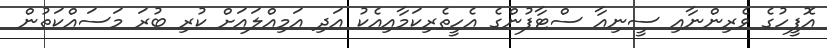
އޮފީހުގެ ވެރިންނާއި ސީނިއާ ސްޓާފުންގެ އެހީތެރިކަމާއިއެކު އަދި އަމިއްލައަށް ކުރި ބުރަ މަސައްކަތުން